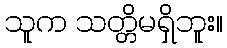
သူက သတ္တိမရှိဘူး။